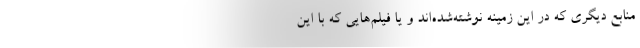
منابع دیگری که در این زمینه نوشته‌شده‌اند و یا فیلم‌هایی که با این